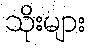
သိုးများ